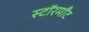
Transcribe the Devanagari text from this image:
स्टॉरमाँट